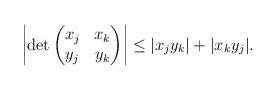
LaTeX: \begin{align*}\left |\det\begin{pmatrix} x_j & x_k \\ y_j & y_k \end{pmatrix}\right| \le |x_jy_k|+|x_ky_j|.\end{align*}